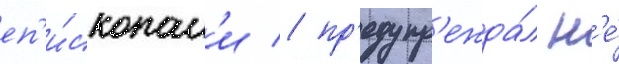
еп'и́скопам'и / пр'едупр'ежда́л н'е́